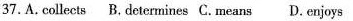
37.A.Collects B.Determines C.Means D. Enjoys